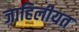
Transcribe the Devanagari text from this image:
जाहिलीयत